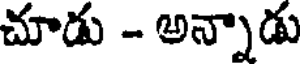
చూడు - అన్నాడు